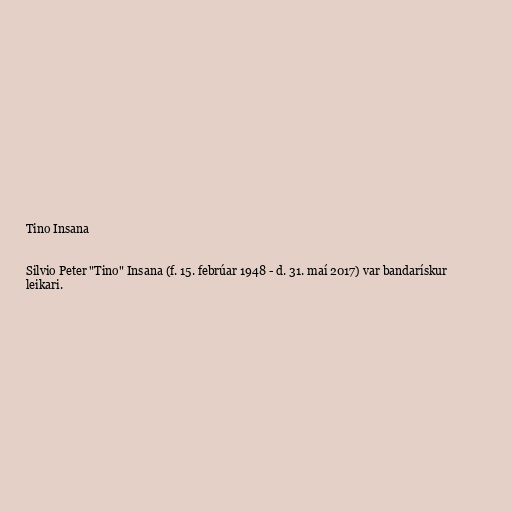
Tino Insana

Silvio Peter "Tino" Insana (f. 15. febrúar 1948 - d. 31. maí 2017) var bandarískur
leikari.